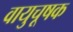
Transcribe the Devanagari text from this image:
वायुचूषक